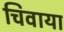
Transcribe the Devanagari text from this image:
चिवाया